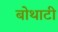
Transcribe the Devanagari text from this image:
बोथाटी